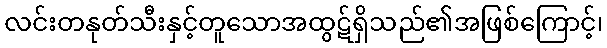
လင်းတနုတ်သီးနှင့်တူသောအထွဋ်ရှိသည်၏အဖြစ်ကြောင့်၊